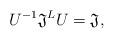
LaTeX: \begin{align*}U^{-1} \mathfrak{J}^L U = \mathfrak{J},\end{align*}